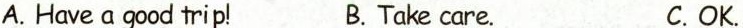
A. Have a good trip! B. Take care. C. OK.